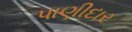
પાણીદાર